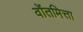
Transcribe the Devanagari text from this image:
वोंतमित्ता